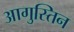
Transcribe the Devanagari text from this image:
आगुस्तिन